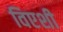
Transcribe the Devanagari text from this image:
विएशी